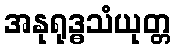
အနုရုဒ္ဓသံယုတ္တ